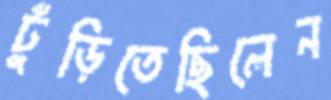
ঢুঁড়িতেছিলেন